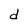
Character: d